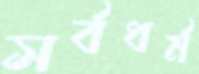
সর্বধর্ম